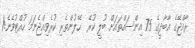
ރާއްޖޭގެ އާބާދީގެ 75 އިންސައްތައަށް ބުލީ ކުރޭ  ހޭލުންތެރި ކުރެވިއްޖެނަމަ ހުއްޓުވޭނެ!1